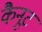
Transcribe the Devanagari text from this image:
कैनूट